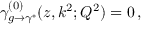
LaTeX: \gamma _ { g \rightarrow \gamma ^ { * } } ^ { ( 0 ) } ( z , k ^ { 2 } ; Q ^ { 2 } ) = 0 \, ,